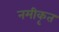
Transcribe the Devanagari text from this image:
नमीकृत